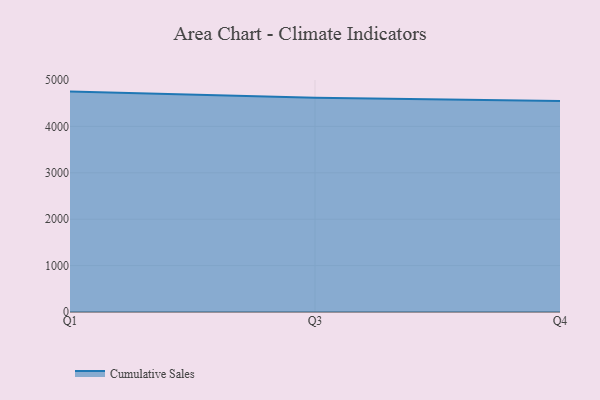
{"axis": {"x": "Quarter", "y": "Customer Acquisition Cost (USD)"}, "legend": ["Cumulative Sales"], "data": [{"x": "Q1", "y": 4750.0, "type": "Cumulative Sales"}, {"x": "Q3", "y": 4619.8, "type": "Cumulative Sales"}, {"x": "Q4", "y": 4550.0, "type": "Cumulative Sales"}]}